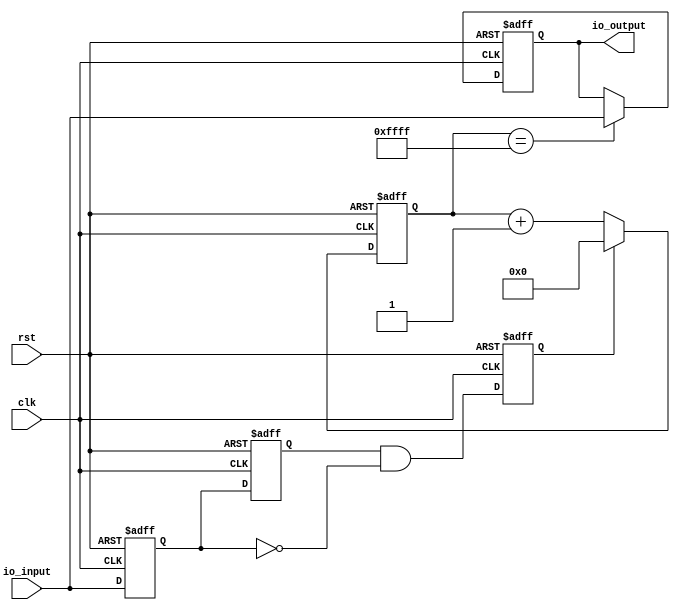
`timescale 1ns / 1ps
// Module Name: debounce_1b


module Debounce(
	input clk, //50MHz
	input rst,
	input io_input,
	output reg io_output
);


	reg sw_mid_r1, sw_mid_r2, sw_valid;

	always@(posedge clk or posedge rst) begin
		if(rst) begin
			sw_mid_r1 <= 1; // synchronize 1 clock 
			sw_mid_r2 <= 1; // delay 1 clock
			sw_valid <= 0; // gen negedge
		end
		else begin
			sw_mid_r1 <= io_input;
			sw_mid_r2 <= sw_mid_r1;
			sw_valid <= sw_mid_r2 & (~sw_mid_r1);
		end
	end

	reg [19:0] key_cnt;

	always@(posedge clk or posedge rst) begin
		if(rst) begin
			key_cnt <= 0;
		end
		else if(sw_valid) begin
			key_cnt <= 0;
		end
		else begin
			key_cnt <= key_cnt + 1; //20ms
		end
	end

	always@(posedge clk or posedge rst) begin
		if(rst) begin
			io_output <= 1;
		end
		else if(key_cnt == 20'hffff) begin
			io_output <= io_input;
		end
	end

endmodule